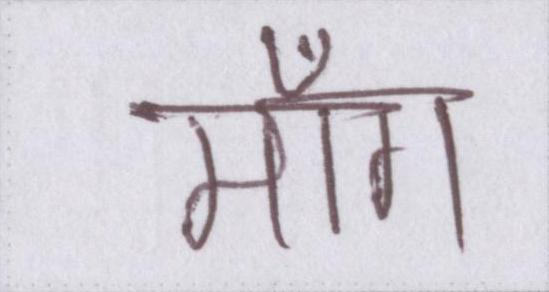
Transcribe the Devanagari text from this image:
माँग